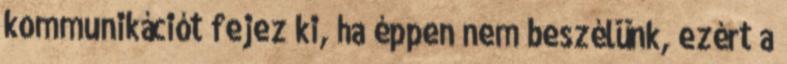
kommunikációt fejez ki, ha éppen nem beszélünk, ezért a